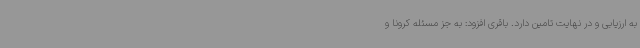
به ارزیابی و در نهایت تامین دارد. باقری افزود: به جز مسئله کرونا و